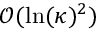
\mathcal { O } ( \ln ( \kappa ) ^ { 2 } )